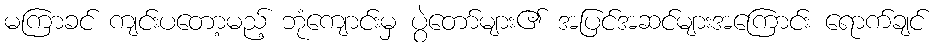
မကြာခင် ကျင်းပတော့မည့် ဘုံကျောင်းမှ ပွဲတော်များ၏ အပြင်အဆင်များအကြောင်း ရောက်ချင်